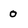
Character: 0